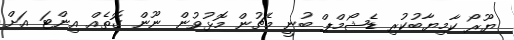
ޔޫރޯ ކާމިޔާބުކުރި ޑެޝޯމްޕް ބުނީ މެޗުން މޮޅުވުން ނޫން ގޮތެއް އިންޓަ އަށް